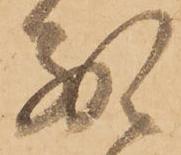
別